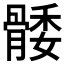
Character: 𮪭